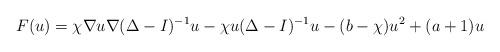
LaTeX: \begin{align*}F(u)= \chi \nabla u\nabla(\Delta-I)^{-1}u -\chi u(\Delta-I)^{-1}u -(b-\chi)u^{2}+(a+1)u\end{align*}